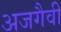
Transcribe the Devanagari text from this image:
अजगैवी